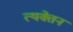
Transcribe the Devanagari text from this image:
त्यक्तेन